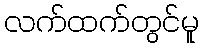
လက်ထက်တွင်မူ